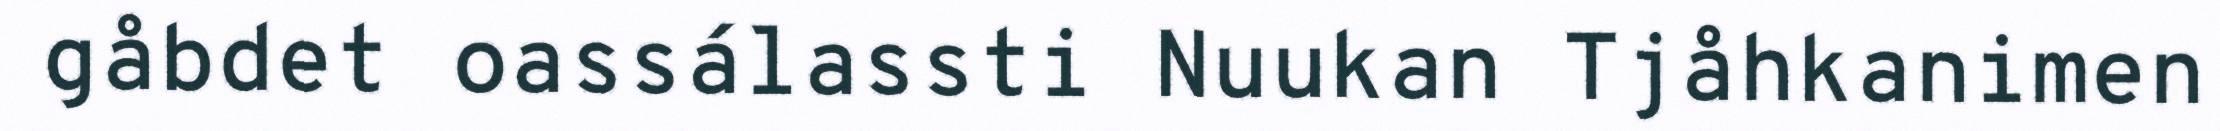
gåbdet oassálassti Nuukan Tjåhkanimen